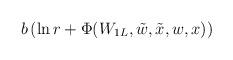
LaTeX: \begin{align*}b\left(\ln r +\Phi(W_{1L},\tilde{w},\tilde{x},w,x)\right)\end{align*}